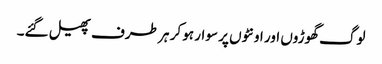
لوگ گھوڑوں اور اونٹوں پر سوار ہو کر ہر طرف پھیل گئے۔